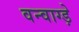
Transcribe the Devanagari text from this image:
वन्वाग्ड़े